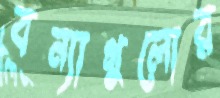
বন্যাগুলোর